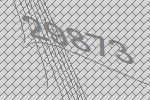
29873